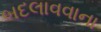
બદલાવવાના